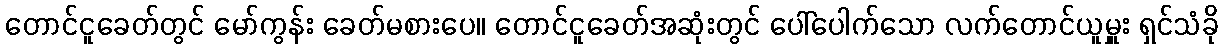
တောင်ငူခေတ်တွင် မော်ကွန်း ခေတ်မစားပေ။ တောင်ငူခေတ်အဆုံးတွင် ပေါ်ပေါက်သော လက်တောင်ယူမှူး ရှင်သံခို